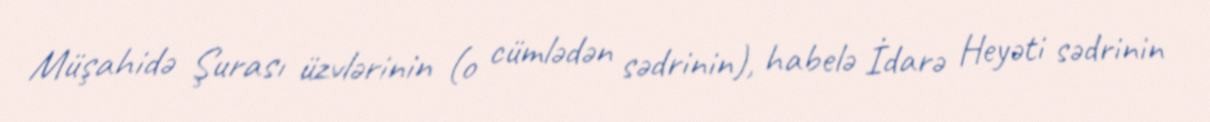
Müşahidə Şurası üzvlərinin (o cümlədən sədrinin), habelə İdarə Heyəti sədrinin